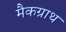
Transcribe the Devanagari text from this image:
मैकग्राथ